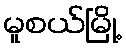
မူစယ်မြို့